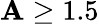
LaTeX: \mathbf{A}\geq1.5